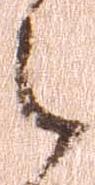
之